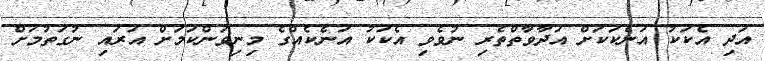
އަދި އެކަކު އަނެކަކަށް އަދާވާތްތެރި ނުވެވި އެކަކު އަނެކެއްގެ މިނިވަންކަމަށް އަރައި ނުގަތުމަށް